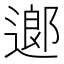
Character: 𨖅